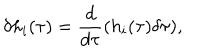
\delta h _ { i } ( \tau ) = \frac { d } { d \tau } ( h _ { i } ( \tau ) \delta \tau ) ,